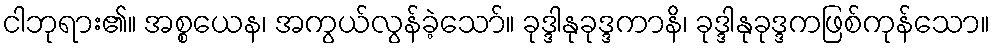
ငါဘုရား၏။ အစ္စယေန၊ အကွယ်လွန်ခဲ့သော်။ ခုဒ္ဒါနုခုဒ္ဒကာနိ၊ ခုဒ္ဒါနုခုဒ္ဒကဖြစ်ကုန်သော။